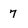
Character: 7